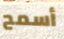
أسمح